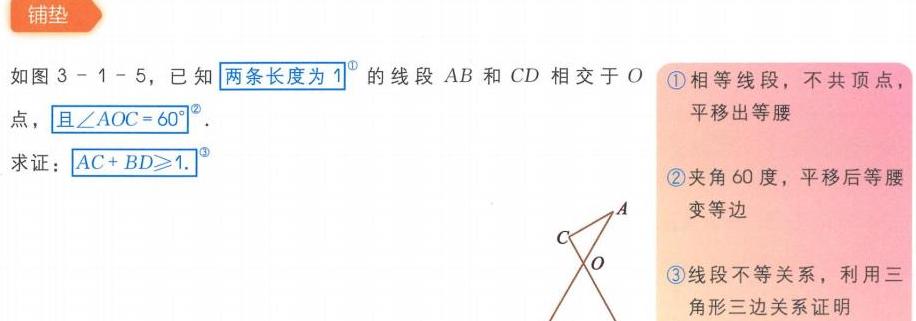
如图3 - 1 - 5，已知两条长度为1的线段 \(AB\) 和 \(CD\) 相交于 \(O\) 点，且\(\angle AOC = 60^{\circ}\)。
求证：\(AC + BD\geqslant1\)。
\textcircled{1}相等线段，不共顶点，平移出等腰
\textcircled{2}夹角60度，平移后等腰变等边
\textcircled{3}线段不等关系，利用三角形三边关系证明